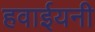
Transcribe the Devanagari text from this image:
हवाईयनी